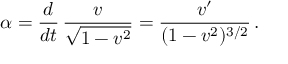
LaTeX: \alpha = \frac { d } { d t } \, \frac { v } { \sqrt { 1 - v ^ { 2 } } } = \frac { v ^ { \prime } } { ( 1 - v ^ { 2 } ) ^ { 3 / 2 } } \, .